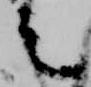
之